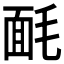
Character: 𣮿